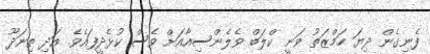
ފެނިގެން ދިޔަ ހަމްޒަތު ވަނީ ކްލަބް ވެލެންސިއާއަށް ވެސް ކުޅެދީފައެވެ. އަދި ތިނަދޫ